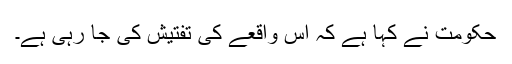
حکومت نے کہا ہے کہ اِس واقعے کی تفتیش کی جا رہی ہے۔